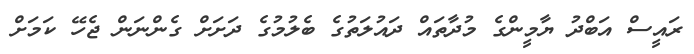
ރައީސް އަބްދު ޔާމީންގެ މުދާތައް ދައުލަތުގެ ބެލުމުގެ ދަށަށް ގެންނަން ޖެހޭ ކަމަށް